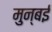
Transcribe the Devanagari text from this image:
मुन्बई